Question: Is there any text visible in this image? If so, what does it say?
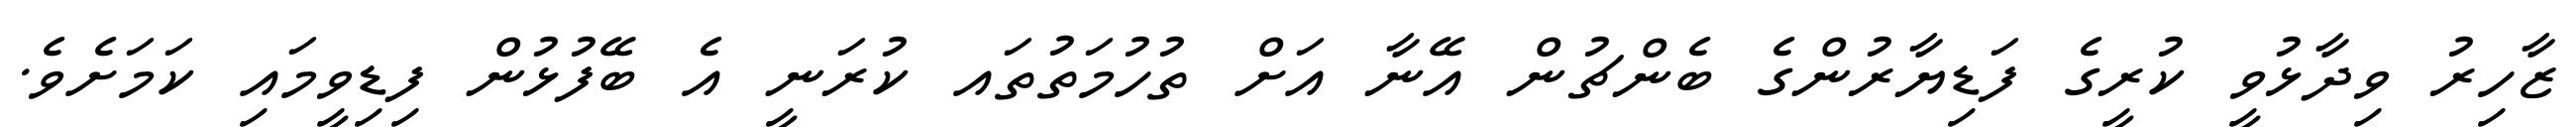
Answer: ޒާހިރު ވިދާޅުވީ ކުރީގެ ފަޑިޔާރުންގެ ބެންޗުން އޭނާ އަށް ތުހުމަތުތައ ކުރަނީ އެ ބޭފުޅުން ފިޑިވީމައި ކަމަށެވެ.